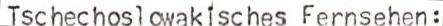
Tschechoslawakisches Fernsehen: